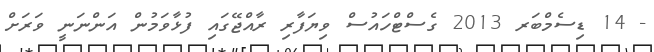
- 14 ޑިސެމްބަރ 2013 ގެސްޓްހައުސް ވިޔަފާރި ރާއްޖޭގައި ފުޅާވަމުން އަންނަނީ ވަރަށް